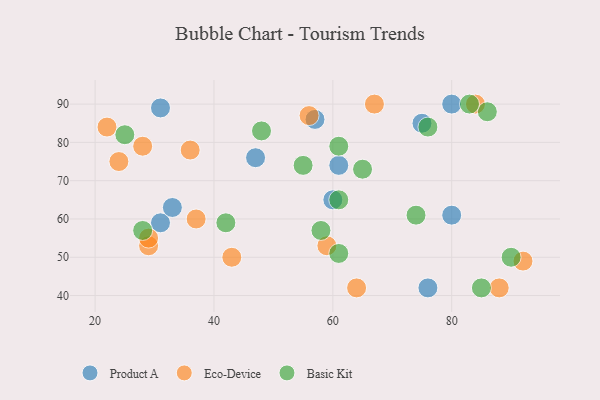
{"axis": {"x": "GDP", "y": "Life Expectancy"}, "legend": ["Basic Kit", "Eco-Device", "Product A"], "data": [{"x": "76", "y": 42, "type": "Product A"}, {"x": "31", "y": 59, "type": "Product A"}, {"x": "33", "y": 63, "type": "Product A"}, {"x": "57", "y": 86, "type": "Product A"}, {"x": "60", "y": 65, "type": "Product A"}, {"x": "80", "y": 61, "type": "Product A"}, {"x": "31", "y": 89, "type": "Product A"}, {"x": "47", "y": 76, "type": "Product A"}, {"x": "75", "y": 85, "type": "Product A"}, {"x": "80", "y": 90, "type": "Product A"}, {"x": "61", "y": 74, "type": "Product A"}, {"x": "64", "y": 42, "type": "Eco-Device"}, {"x": "59", "y": 53, "type": "Eco-Device"}, {"x": "37", "y": 60, "type": "Eco-Device"}, {"x": "24", "y": 75, "type": "Eco-Device"}, {"x": "84", "y": 90, "type": "Eco-Device"}, {"x": "56", "y": 87, "type": "Eco-Device"}, {"x": "43", "y": 50, "type": "Eco-Device"}, {"x": "29", "y": 53, "type": "Eco-Device"}, {"x": "28", "y": 79, "type": "Eco-Device"}, {"x": "22", "y": 84, "type": "Eco-Device"}, {"x": "36", "y": 78, "type": "Eco-Device"}, {"x": "67", "y": 90, "type": "Eco-Device"}, {"x": "88", "y": 42, "type": "Eco-Device"}, {"x": "92", "y": 49, "type": "Eco-Device"}, {"x": "29", "y": 55, "type": "Eco-Device"}, {"x": "48", "y": 83, "type": "Basic Kit"}, {"x": "85", "y": 42, "type": "Basic Kit"}, {"x": "74", "y": 61, "type": "Basic Kit"}, {"x": "65", "y": 73, "type": "Basic Kit"}, {"x": "42", "y": 59, "type": "Basic Kit"}, {"x": "61", "y": 65, "type": "Basic Kit"}, {"x": "28", "y": 57, "type": "Basic Kit"}, {"x": "55", "y": 74, "type": "Basic Kit"}, {"x": "61", "y": 51, "type": "Basic Kit"}, {"x": "86", "y": 88, "type": "Basic Kit"}, {"x": "90", "y": 50, "type": "Basic Kit"}, {"x": "76", "y": 84, "type": "Basic Kit"}, {"x": "83", "y": 90, "type": "Basic Kit"}, {"x": "58", "y": 57, "type": "Basic Kit"}, {"x": "61", "y": 79, "type": "Basic Kit"}, {"x": "25", "y": 82, "type": "Basic Kit"}]}